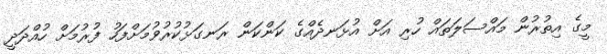
މީގެ އިތުރުން މައްސަލަތައް ހުރި އަށް އުޅަނދެއްގެ ކަންކަން ރަނގަޅުކުރުވުމަށްފަހު ފުރުމަށް ހުއްދަދީ